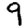
Digit: 9